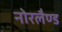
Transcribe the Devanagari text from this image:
नोरलैण्ड